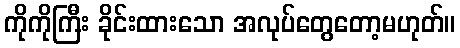
ကိုကိုကြီး ခိုင်းထားသော အလုပ်တွေတော့မဟုတ်။